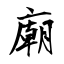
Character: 廟